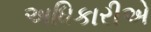
અધિકારીએ